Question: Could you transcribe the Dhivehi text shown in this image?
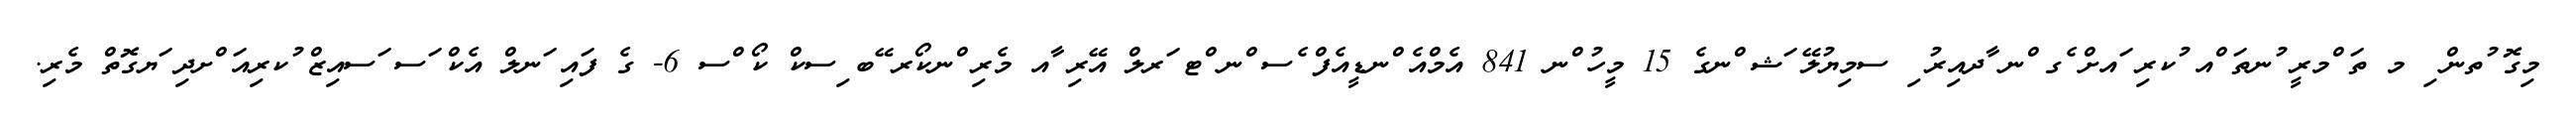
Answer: މިގޮ ުތން ި މ ތަ ްމރީ ުނތަ ްއ ުކރި ައށް ެގ ްނ ާދއިރު ި ސމިޔުލޭ ަޝ ްނގެ 15 މީހު ްނ 841 އެމްއެ ްނޑީއެފް ެސ ްނ ްޓ ަރލް އޭރި ާއ މެރި ްނކޯރ ޭބ ިސކް ކޯ ްސ 6- ގެ ފައި ަނލް އެކް ަސ ަސއިޒް ުކރިއަ ްށދި ަޔގޮތް މެރި.